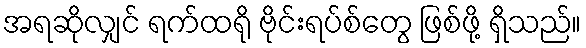
အရဆိုလျှင် ရက်ထရို ဗိုင်းရပ်စ်တွေ ဖြစ်ဖို့ ရှိသည်။